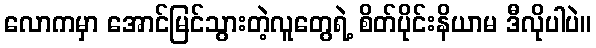
လောကမှာ အောင်မြင်သွားတဲ့လူတွေရဲ့ စိတ်ပိုင်းနိယာမ ဒီလိုပါပဲ။